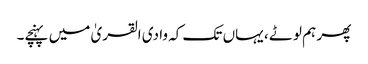
پھر ہم لوٹے ، یہاں تک کہ وادی القریٰ میں پہنچے۔